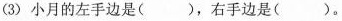
(3)小月的左手边是( )，右手边是( )。